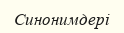
Синонимдері